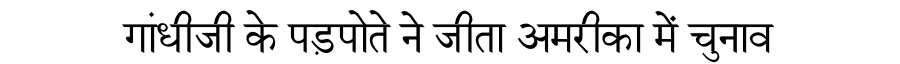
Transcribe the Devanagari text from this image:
गांधीजी के पड़पोते ने जीता अमरीका में चुनाव